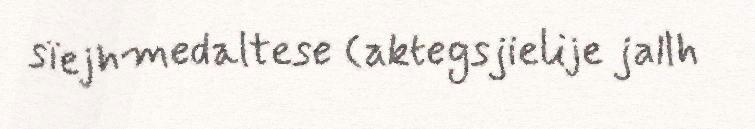
sïejhmedaltese (aktegsjielije jallh